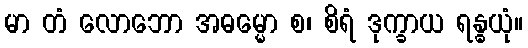
မာ တံ လောဘော အဓမ္မော စ၊ စိရံ ဒုက္ခာယ ရန္ဓယုံ။